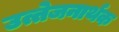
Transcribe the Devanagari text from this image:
उत्तेजनार्थक